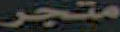
متجر